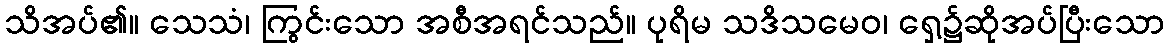
သိအပ်၏။ သေသံ၊ ကြွင်းသော အစီအရင်သည်။ ပုရိမ သဒိသမေဝ၊ ရှေ့၌ဆိုအပ်ပြီးသော